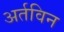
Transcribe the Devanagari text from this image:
अर्तविन